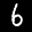
Label: 6